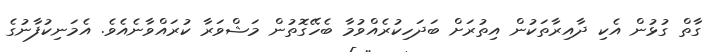
ގާތް ގުޅުން އެކި ދާއިރާތަކުން އިތުރަށް ބަދަހިކުރެއްވުމާ ބެހޭގޮތުން މަޝްވަރާ ކުރައްވާނެއެވެ. އެމަނިކުފާނުގެ